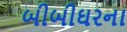
બીબીઘરના